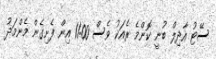
ސޭޓު އާދިލް ބުނީ ކޮންމެ ރެއަކު ވެސް 11:00 އިން ފެށިގެން މެންމަދު